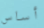
أساس